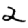
Digit: 2